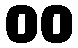
00